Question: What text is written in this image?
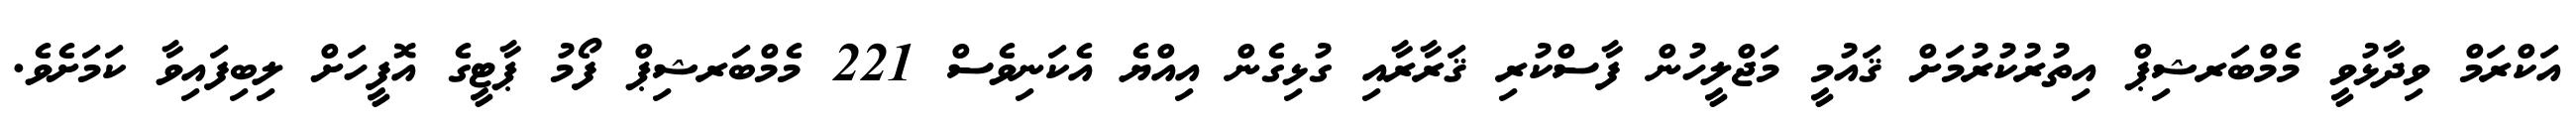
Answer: އަކްރަމް ވިދާޅުވީ މެމްބަރޝިޕް އިތުރުކުރުމަށް ޤައުމީ މަޖްލީހުން ފާސްކުރި ޤަރާރާއި ގުޅިގެން އިއްޔެ އެކަނިވެސް 221 މެމްބަރޝިޕް ފޯމު ޕާޓީގެ އޮފީހަށް ލިބިފައިވާ ކަމަށެވެ.